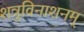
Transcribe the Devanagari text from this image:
शत्रुविनाशनम्